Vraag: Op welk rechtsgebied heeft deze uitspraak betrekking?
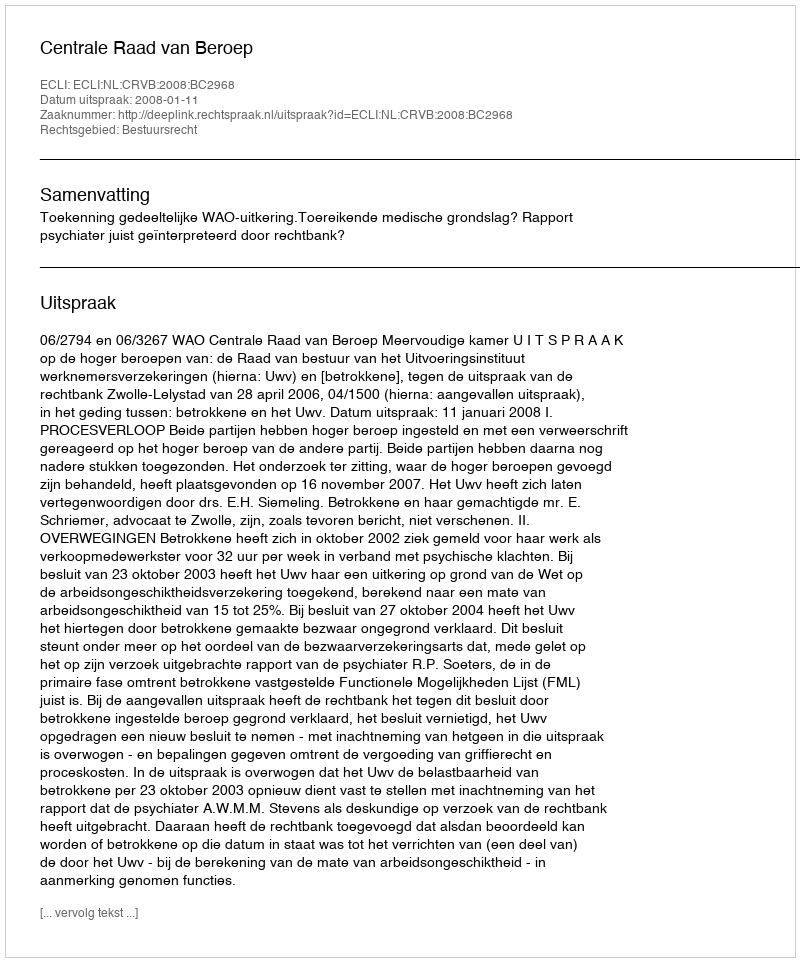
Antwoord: Bestuursrecht